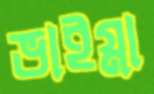
ভাইগ্না